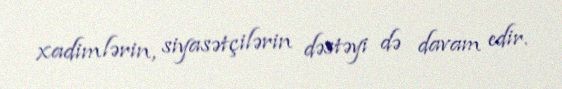
xadimlərin, siyasətçilərin dəstəyi də davam edir.